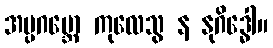
အပ္ပဂဗ္ဘော ကုလေသွ န နုဂိဒ္ဓေါ။